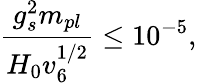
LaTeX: \frac{g_{s}^{2}m_{pl}}{H_{0}v_{6}^{1/2}}\leq 10^{-5},